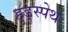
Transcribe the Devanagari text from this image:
हुड्स्पेथ